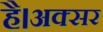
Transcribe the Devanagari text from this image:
है।अक्सर